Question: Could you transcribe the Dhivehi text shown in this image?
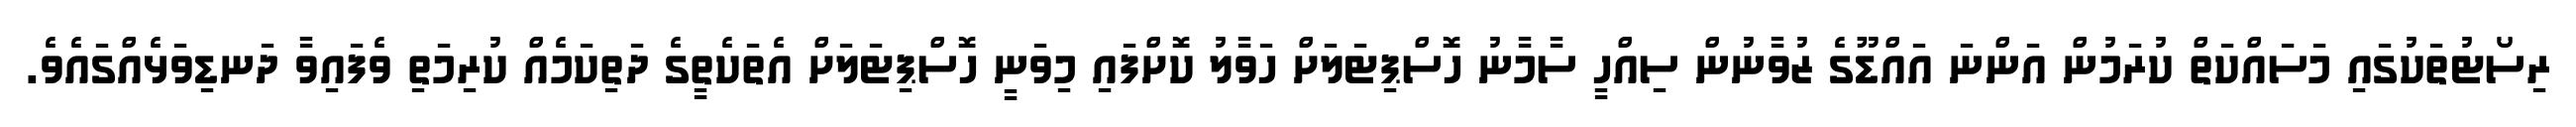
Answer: ރިސޯޓުތަކުގައި މަސައްކަތް ކުރަމުން އަންނަ އައްޑޫގެ ޒުވާނުން ސިއްހީ ސާމާނު ހޮސްޕިޓަލަށް ހަވާލު ކޮށްފައި މިވަނީ ހޮސްޕިޓަލަށް އެތަކެތީގެ ދަތިކަމެއް ކުރިމަތި ވެފައިވާ ދަނޑިވަޅެއްގައެވެ.